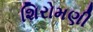
શિરોમણી